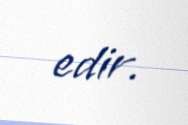
edir.